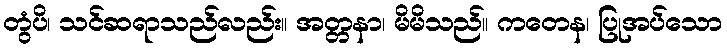
တွံပိ၊ သင်ဆရာသည်လည်း။ အတ္တနာ၊ မိမိသည်။ ကတေန၊ ပြုအပ်သော